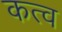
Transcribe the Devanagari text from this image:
कत्व